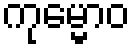
ကုမ္မောဝ